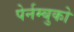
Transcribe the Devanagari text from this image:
पेर्नम्बुको